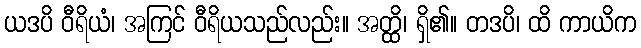
ယဒပိ ဝီရိယံ၊ အကြင် ဝီရိယသည်လည်း။ အတ္ထိ၊ ရှိ၏။ တဒပိ၊ ထိ ကာယိက